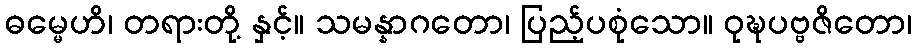
ဓမ္မေဟိ၊ တရားတို့ နှင့်။ သမန္နာဂတော၊ ပြည့်ပစုံသော။ ဝုဍ္ဎပဗ္ဗဇိတော၊